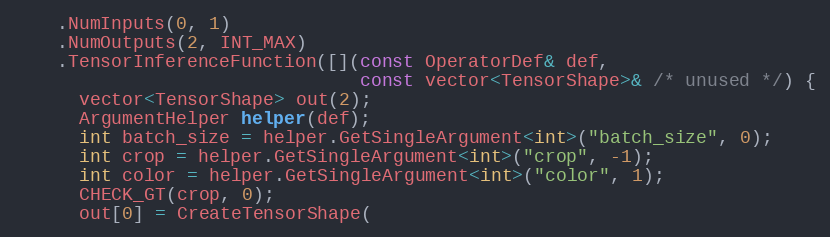
Language: C++
    .NumInputs(0, 1)
    .NumOutputs(2, INT_MAX)
    .TensorInferenceFunction([](const OperatorDef& def,
                                const vector<TensorShape>& /* unused */) {
      vector<TensorShape> out(2);
      ArgumentHelper helper(def);
      int batch_size = helper.GetSingleArgument<int>("batch_size", 0);
      int crop = helper.GetSingleArgument<int>("crop", -1);
      int color = helper.GetSingleArgument<int>("color", 1);
      CHECK_GT(crop, 0);
      out[0] = CreateTensorShape(